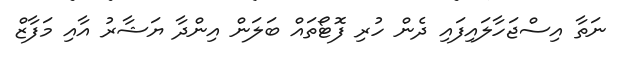
ނަތާ އިސްޖަހާލައިފައި ދެން ހުރި ފޮޓޯތައް ބަލަން އިންދާ ޔަޝާރު އާއި މަފާޒް